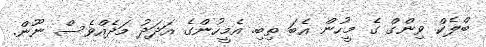
ބްލެކް ވިންގް ގެ މީހުން އެބަ ތިބި. އެމީހުންގެ އަދަދު މަދެއްވެސް ނޫން.